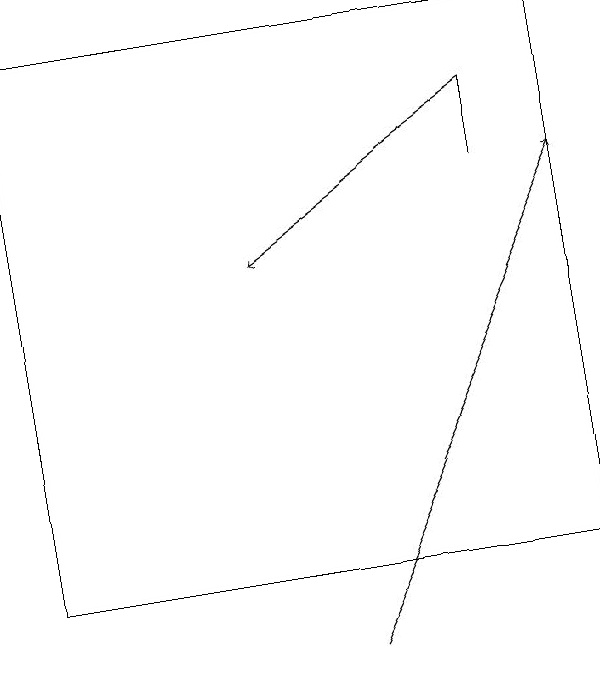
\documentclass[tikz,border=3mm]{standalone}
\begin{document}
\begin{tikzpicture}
\draw (0,18) rectangle (7,11);
\draw[->] (4,10) -- (7,16);
\draw[->] (6,17) -- (3,15);
\draw (6,16) rectangle (6,17);
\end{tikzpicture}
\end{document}